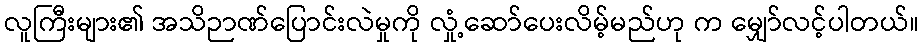
လူကြီးများ၏ အသိဉာဏ်ပြောင်းလဲမှုကို လှုံ့ဆော်ပေးလိမ့်မည်ဟု က မျှော်လင့်ပါတယ်။